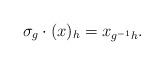
LaTeX: \begin{align*}\sigma_g \cdot (x)_h = x_{g^{-1}h}.\end{align*}